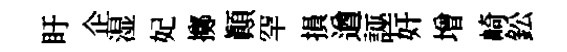
盱企湿妃擲顚罕損遒誣奸增崎鈆